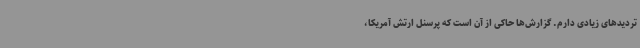
تردیدهای زیادی دارم. گزارش‌ها حاکی از آن است که پرسنل ارتش آمریکا،